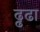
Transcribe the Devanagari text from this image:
ढ्ढढा